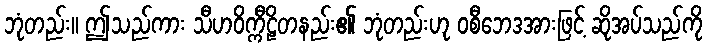
ဘုံတည်း။ ဤသည်ကား သီဟဝိက္ကီဠိတနည်း၏ ဘုံတည်းဟု ဝစီဘေဒအားဖြင့် ဆိုအပ်သည်ကို